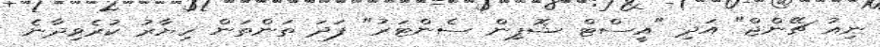
ނިއު ޗޭންޖް" އަދި "އީސްޓް ޝޮޕިން ސެންޓަރު" ފަދަ ތަންތަން ހިޔާރު ކުރެވިދާނެ